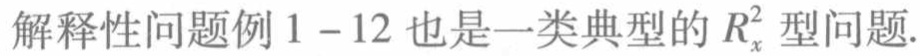
解释性问题例 1 - 12 也是一类典型的 \(R_{x}^{2}\) 型问题.